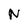
Character: N